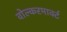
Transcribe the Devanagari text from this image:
वोल्करमार्क्ट